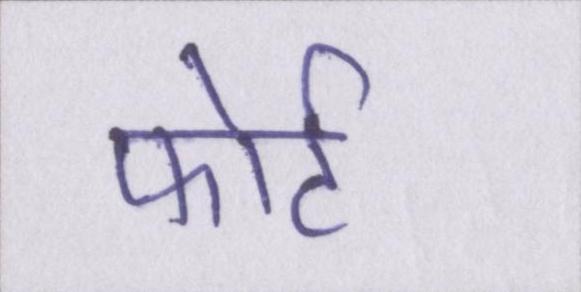
फोर्ट